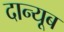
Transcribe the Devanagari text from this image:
दान्यूब